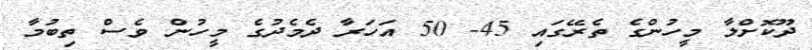
ދޫކޮށްލާ މީހުންގެ ތެރޭގައި 45- 50 އަހަރާ ދެމެދުގެ މީހުން ވެސް ތިބުމާ